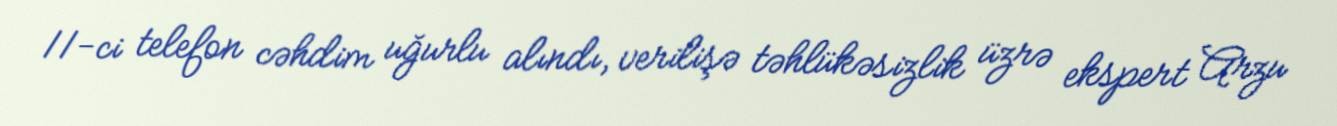
11-ci telefon cəhdim uğurlu alındı, verilişə təhlükəsizlik üzrə ekspert Arzu